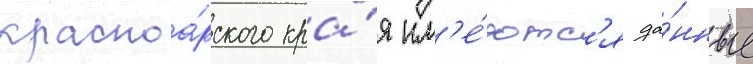
красноа́рского кра́я им'е́ютс'я да́нные